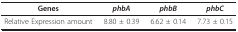
<table><thead><tr><td><b>Genes</b></td><td><b><i>phbA</i></b></td><td><b><i>phbB</i></b></td><td><b><i>phbC</i></b></td></tr></thead><tbody><tr><td>Relative Expression amount</td><td>8.80 ± 0.39</td><td>6.62 ± 0.14</td><td>7.73 ± 0.15</td></tr></tbody></table>